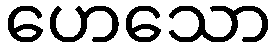
ဟေသော